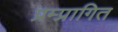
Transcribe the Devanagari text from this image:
प्रम्प्रागित